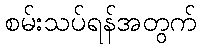
စမ်းသပ်ရန်အတွက်